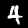
Label: 4